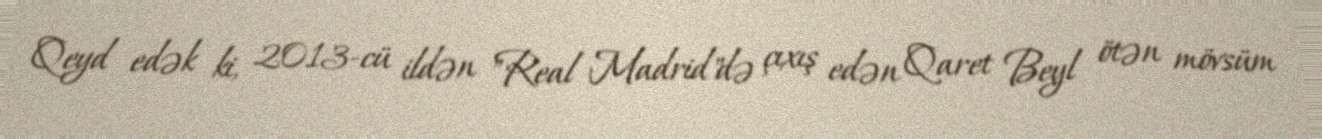
Qeyd edək ki, 2013-cü ildən "Real Madrid"də çıxış edən Qaret Beyl ötən mövsüm